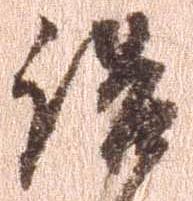
詰